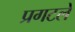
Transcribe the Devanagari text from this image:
प्रगटले